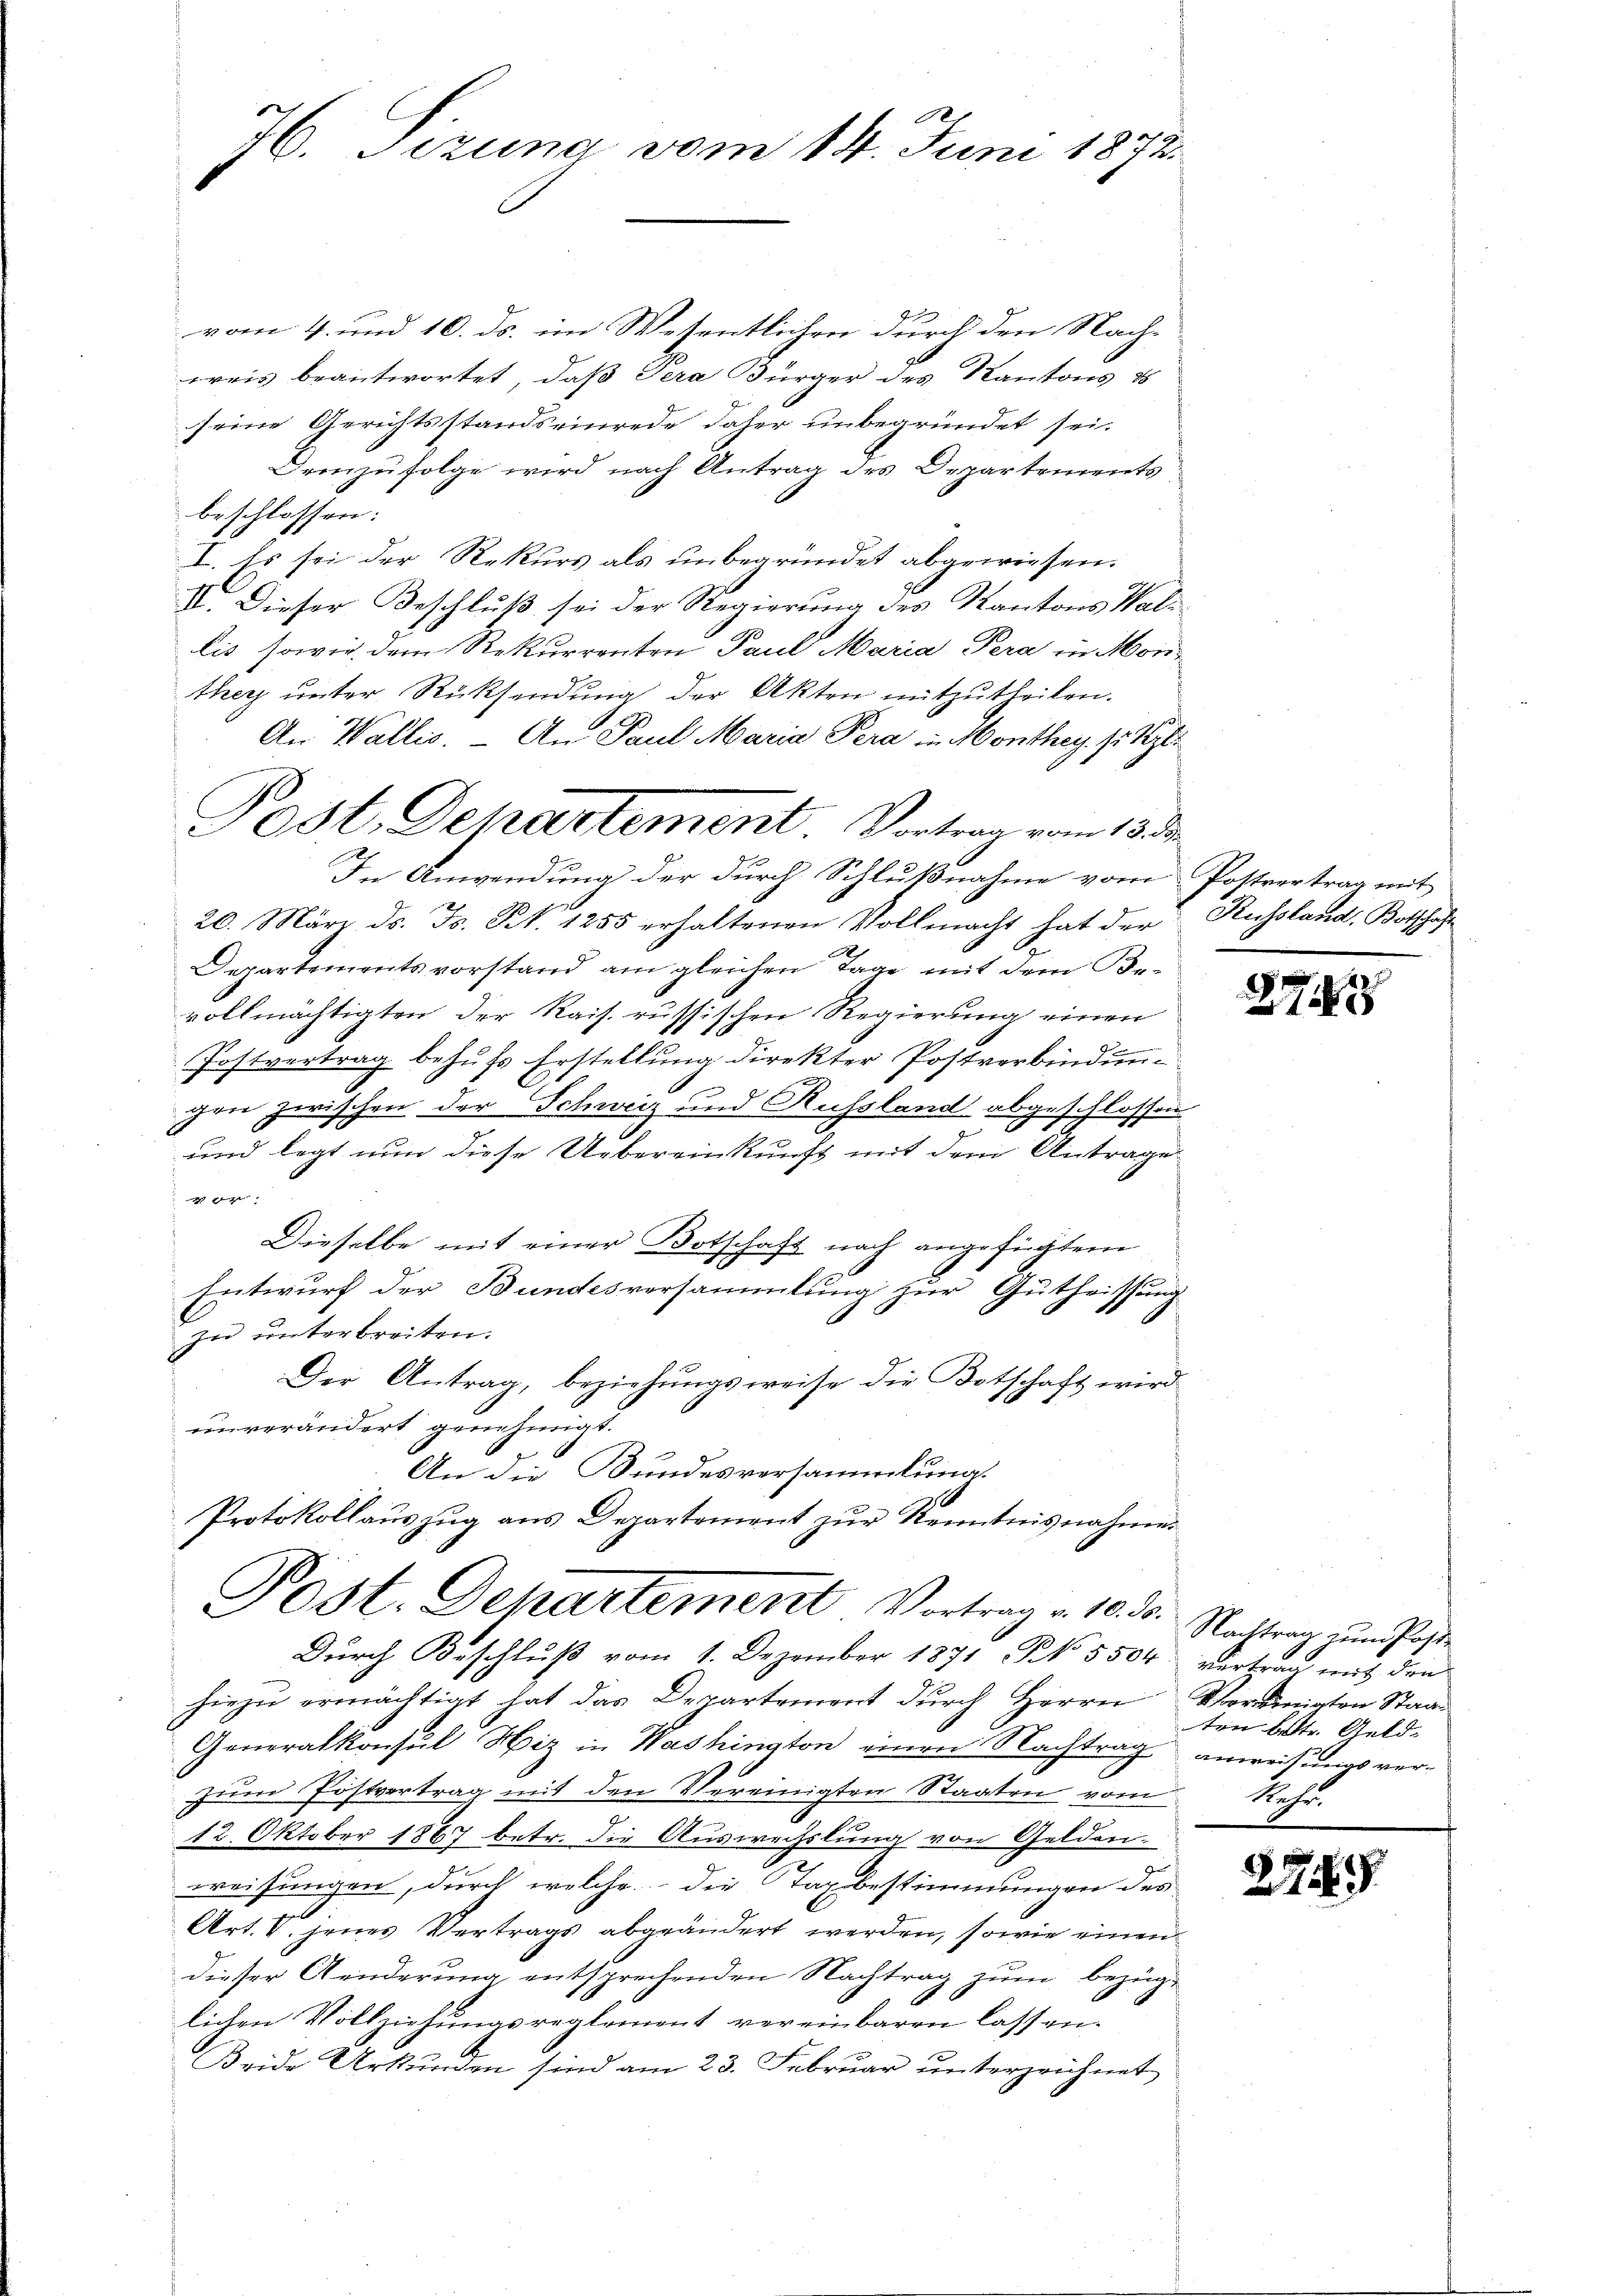
76. Sizung vom 14. Juni 1872.

vom 4. und 10. ds. im Wesentlichen durch den Nach-
weis beantwortet, daß Pera Bürger des Kantons &
seine Gerichtsstandseinrede daher unbegründet sei.
Demzufolge wird nach Antrag des Departements
beschlossen:
I. Es sei der Rekurs als unbegründet abgewiesen.
II. Dieser Beschluß sei der Regierung des Kantons Wallis sowie dem Rekurrenten Paul Maria Pera in Morthey unter Rücksendung der Akten mitzutheilen.
An Wallis. – An Paul Maria Pera in Monthey, s. Sept.
In Anwendung der durch Schlußnahme vom Postvertrag mit
20. März ds. Fs. Rt. 1255 erhaltenen Vollmacht hat der Russland, Botschaft
Departementsvorstand am gleichen Tage mit dem Be-
vollmächtigten der Rais. russischen Regierung einen
Postvertrag behufs Erstellung direkter Postverbindung
x
gen zwischen der Schweiz und Russland abgeschlossen
und legt nun diese Uebereinkunft mit dem Antrage
g
Dieselbe mit einer Botschaft nach angefügtem
Entwurf der Bundesversammlung zur Gutheissung
zu unterbreiten.
Der Antrag, beziehungsweise die Botschaft wird
unverändert genehmigt.
An die Bundesversammlung.
Protokollauszug aus Departement zur Kenntnisnahmes

Post. Departement. Vortrag vom 13. den

hiezu ermächtigt hat das Departement durch Herrn Voreinigten Staat
Generalkonsul Hiz in Washington einen Nachtrag anweisungsver-
zŭm Postvertrag mit den Vereinigten Staaten vom Rehr.
12. Oktober 1867 betr. die Auswechslung von Gelden.
weisungen, durch welche die Taxbestimmungen des
Art. V. jenes Vertrags abgeändert werden, sowie einen
dieser Aenderung, entsprechenden Nachtrag zum bezüglichen Vollziehungsreglement vereinbaren lassen.
Beide Urkunden sind am 23. Februar unterzeichnet

Post. Departement Vortrag v. 10. ds. Nachtrag zŭm Poste
Durch Beschluß vom 1. Dezember 1871 No 5504 vertrag mit den

275

ten betr. Geld-

274.